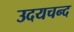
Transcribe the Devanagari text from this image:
उदयचन्द